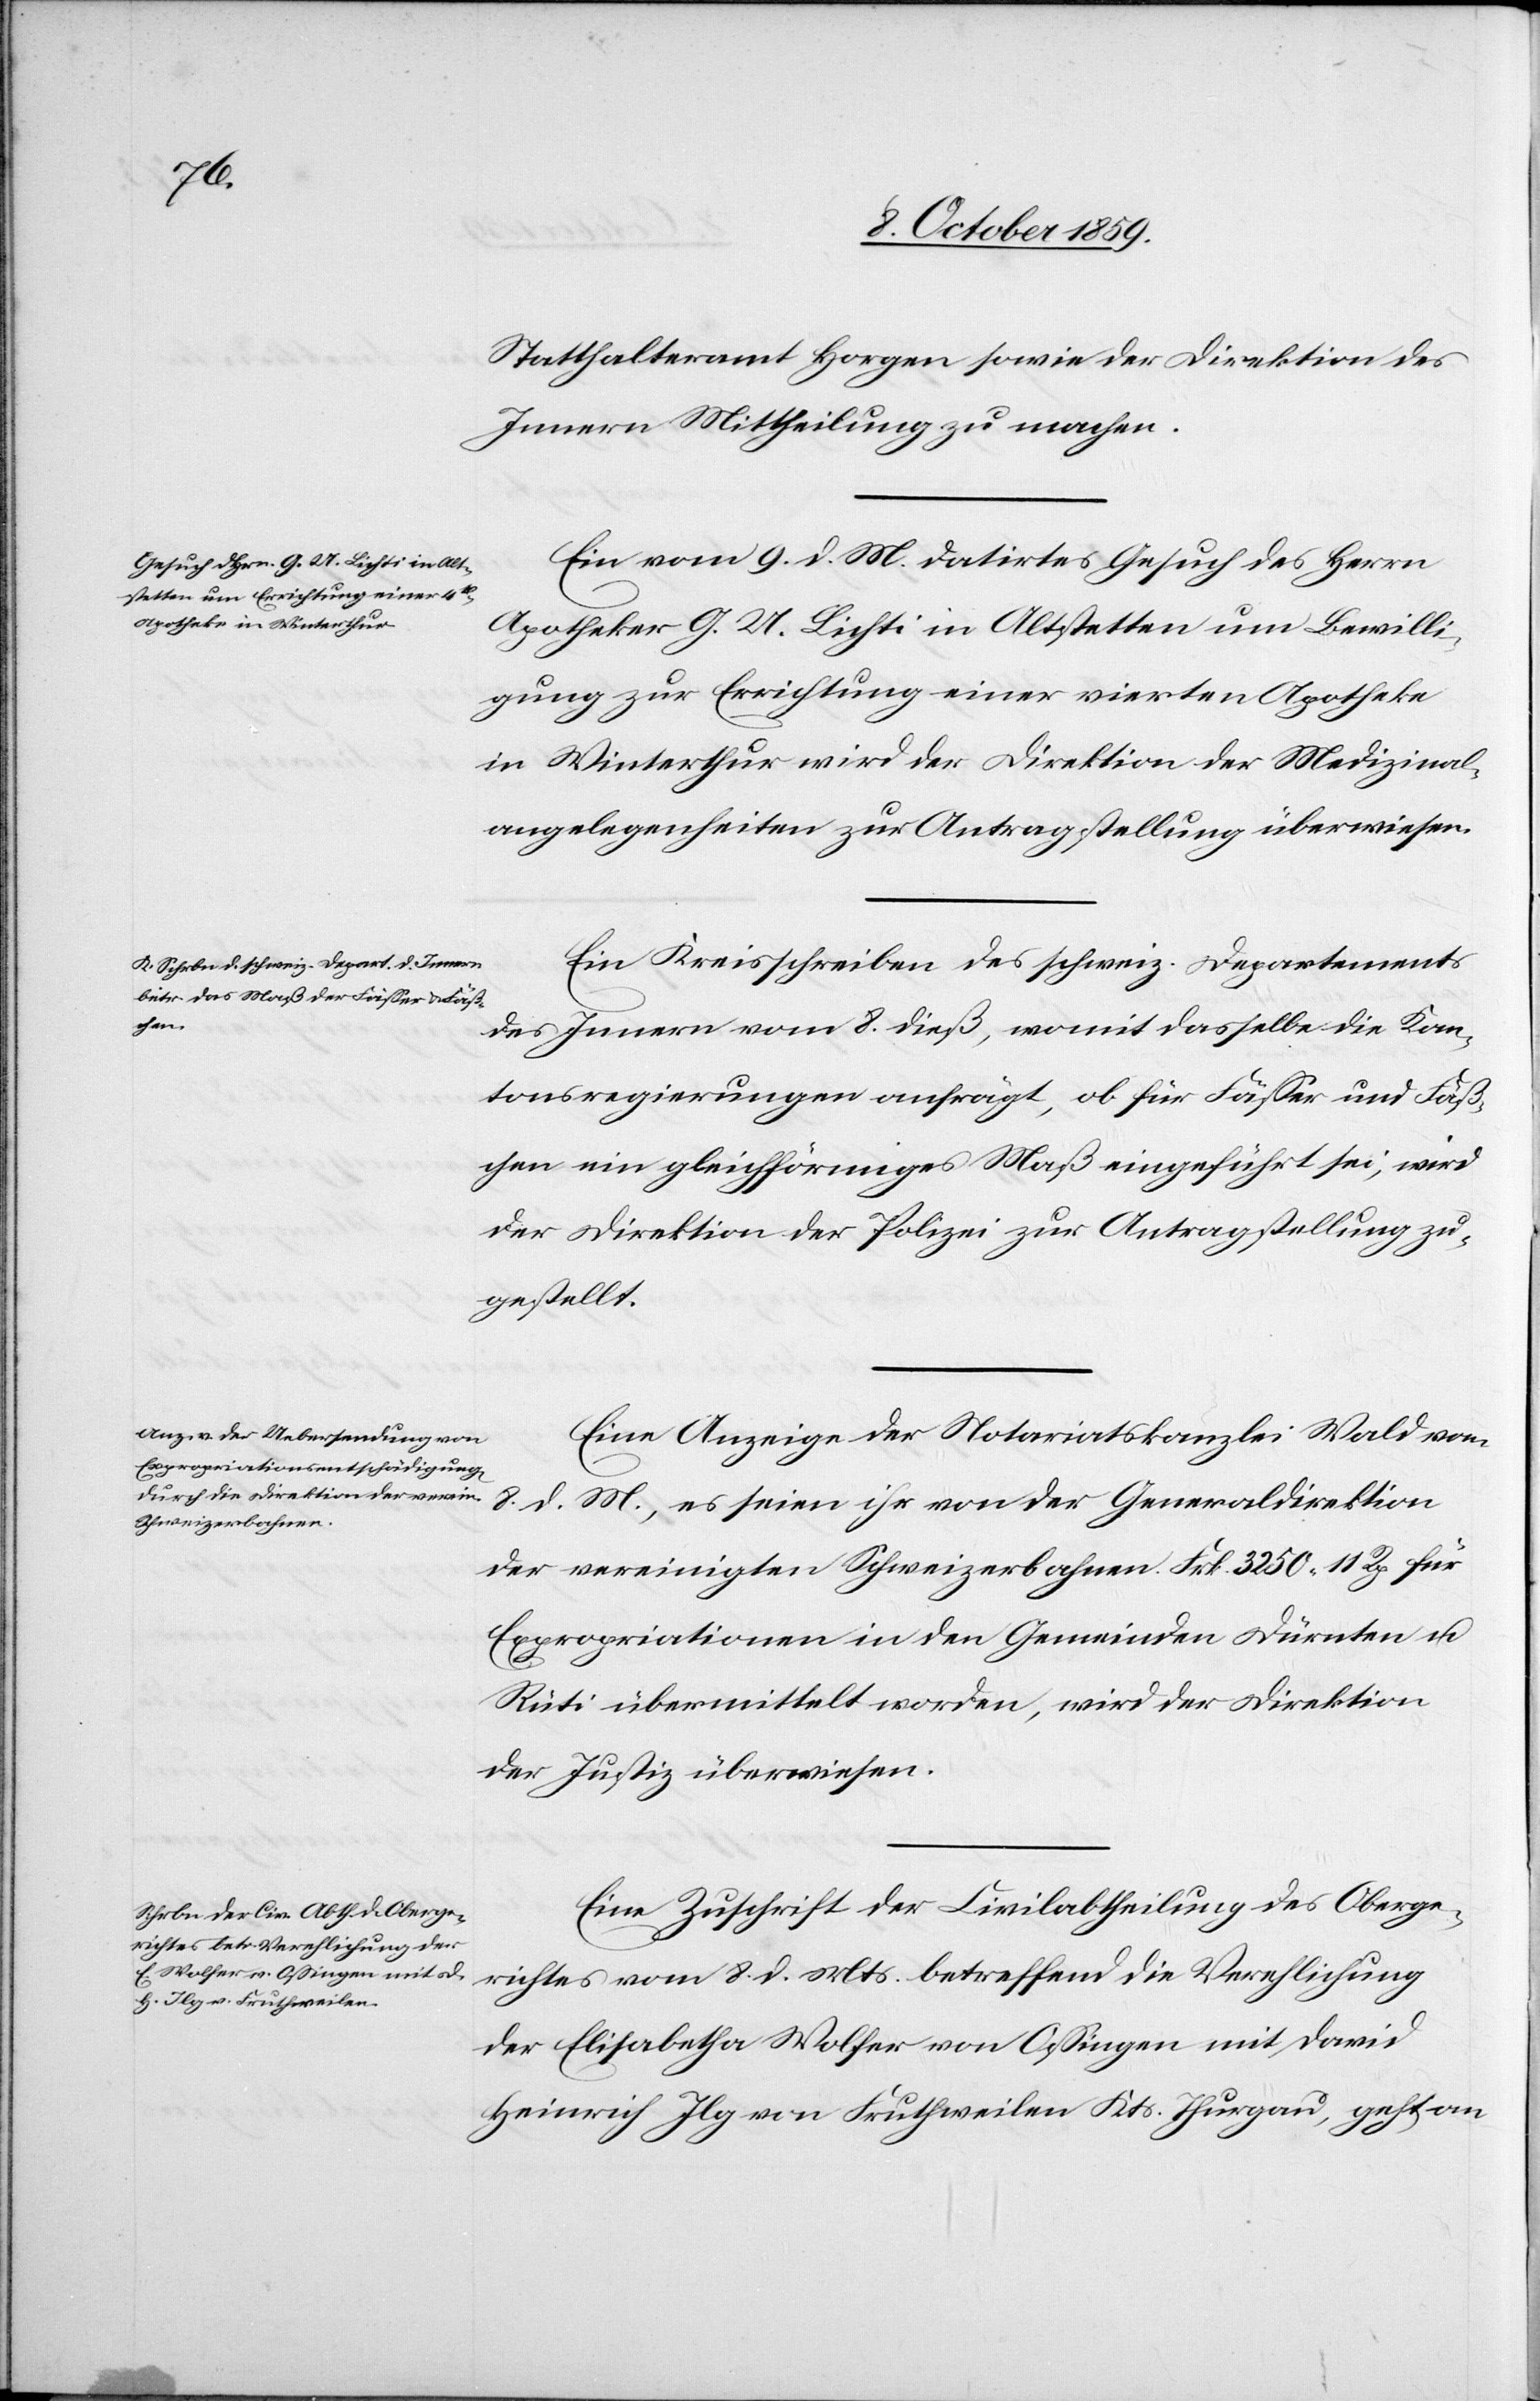
den

10. October 1859.]
Statthalteramt Horgen sowie der Direktion des
Innern Mittheilung zu machen.
Ein vom 9. d. Mts. datirtes Gesuch des Herrn
Apotheker G. U. Lichti in Altstetten um Bewilli¬
gung zur Errichtung einer vierten Apotheke
in Winterthur wird der Direktion der Medizinal¬
angelegenheiten zur Antragstellung überwiesen.
Ein Kreisschreiben des schweiz. Departements
des Innern vom 8. dieß, womit dasselbe die Kan¬
tonsregierungen anfrägt, ob für Fässer und Fäß¬
chen ein gleichförmiges Maß eingeführt sei, wird
der Direktion der Polizei zur Antragstellung zu¬
gestellt.
Eine Anzeige der Notariatskanzlei Wald vom
8. d. Mts., es seien ihr von der Generaldirektion
der vereinigten Schweizerbahnen Frk. 3250 11 Rp. für
Expropriationen in den Gemeinden Dürnten u.
Rüti übermittelt worden, wird der Direktion
der Justiz überwiesen.
Eine Zuschrift der Civilabtheilung des Oberge¬
richtes vom 8. d. Mts. betreffend die Verehlichung
der Elisabetha Wolfer von Ossingen mit David
Heinrich Jlg von Fruthweilen Kts. Thurgau, geht an